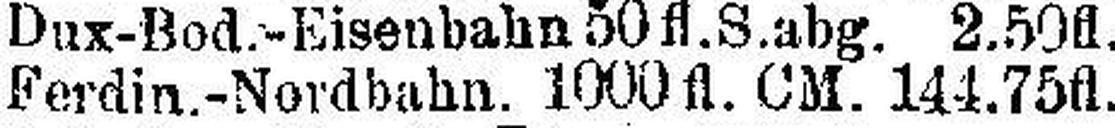
Ferdin.-Nordbahn. 1000 fl. CM. 144.75fl.